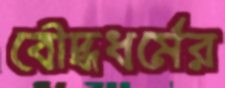
বৌদ্ধধর্মের